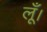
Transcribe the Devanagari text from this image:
लूँ।